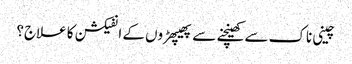
چینی ناک سے کھینچنے سے پھیپھڑوں کے انفیکشن کا علاج؟